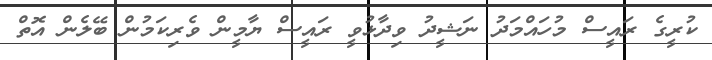
ކުރީގެ ރައީސް މުހައްމަދު ނަޝީދު ވިދާޅުވީ ރައީސް ޔާމީން ވެރިކަމުން ބޭލެން އޮތް